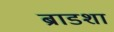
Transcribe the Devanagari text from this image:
ब्राडशा